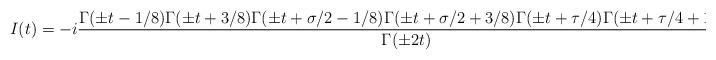
LaTeX: \begin{align*}I(t) = - i \frac{\Gamma(\pm t - 1/8) \Gamma(\pm t + 3/8) \Gamma(\pm t + \sigma/2 - 1/8) \Gamma(\pm t + \sigma/2 + 3/8) \Gamma(\pm t + \tau/4) \Gamma(\pm t + \tau/4 + 1/2)}{\Gamma(\pm 2t)}.\end{align*}